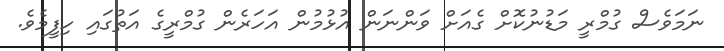
ނަމަވެސް ގުމްރީ މަޑުނުކޮށް ގެއަށް ވަންނަން އުޅުމުން އަހަރެން ގުމްރީގެ އަތުގައި ހިފީމެވެ.